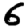
Digit: 6